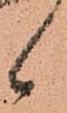
候